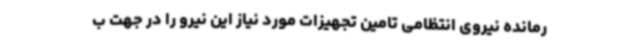
رمانده نیروی انتظامی تامین تجهیزات مورد نیاز این نیرو را در جهت ب